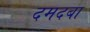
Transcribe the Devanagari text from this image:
दमदबा